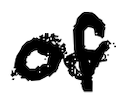
Text: of
Cross-out: wave
Writing tool: digital_black